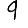
Digit: 9